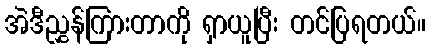
အဲဒီညွှန်ကြားတာကို ရှာယူပြီး တင်ပြရတယ်။